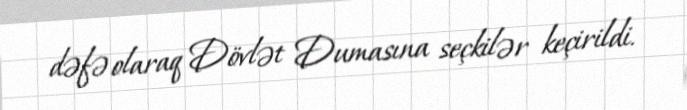
dəfə olaraq Dövlət Dumasına seçkilər keçirildi.